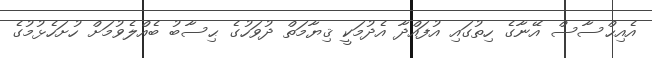
އެއިޙްސާސް އޭނާގެ ހިތުގައި އުފައްދާ އެދުމަކީ ޤިޔާމަތް ދުވަހުގެ ޙިސާބު ބެއްލެވުމަށް ހުށަހެޅުމުގެ